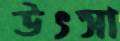
উৎসা